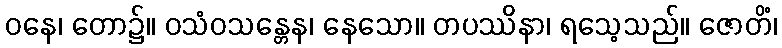
ဝနေ၊ တော၌။ ဝသံဝသန္တေန၊ နေသော။ တပဿိနာ၊ ရသေ့သည်။ ဇောတိံ၊